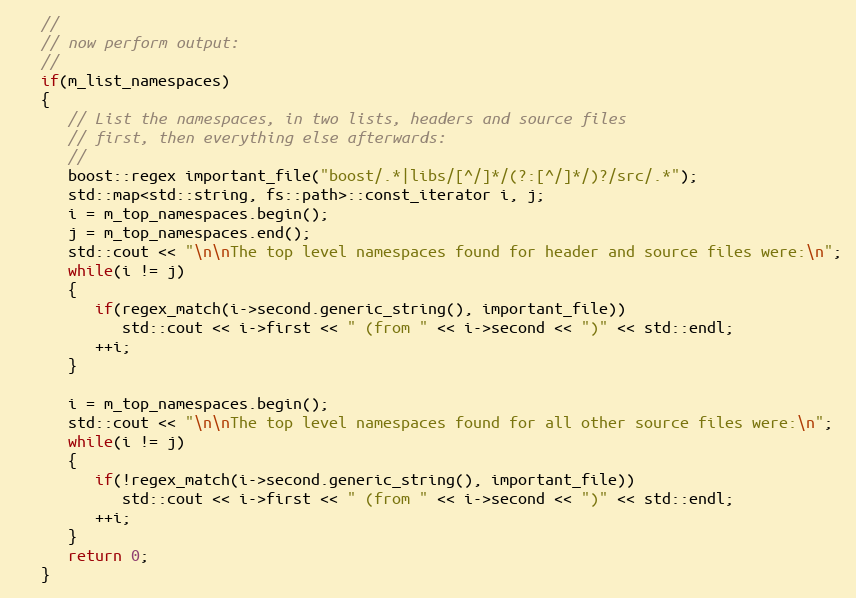
Language: C++
   //
   // now perform output:
   //
   if(m_list_namespaces)
   {
      // List the namespaces, in two lists, headers and source files
      // first, then everything else afterwards:
      //
      boost::regex important_file("boost/.*|libs/[^/]*/(?:[^/]*/)?/src/.*");
      std::map<std::string, fs::path>::const_iterator i, j;
      i = m_top_namespaces.begin();
      j = m_top_namespaces.end();
      std::cout << "\n\nThe top level namespaces found for header and source files were:\n";
      while(i != j)
      {
         if(regex_match(i->second.generic_string(), important_file))
            std::cout << i->first << " (from " << i->second << ")" << std::endl;
         ++i;
      }

      i = m_top_namespaces.begin();
      std::cout << "\n\nThe top level namespaces found for all other source files were:\n";
      while(i != j)
      {
         if(!regex_match(i->second.generic_string(), important_file))
            std::cout << i->first << " (from " << i->second << ")" << std::endl;
         ++i;
      }
      return 0;
   }